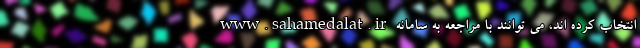
انتخاب کرده اند، می توانند با مراجعه به سامانه www.sahamedalat.ir